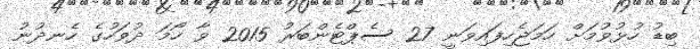
ބިޑު ހުޅުވުމަށް ހަމަޖެހިފައިވަނީ 27 ސެޕްޓެންބަރު 2015 ވާ ހޯމަ ދުވަހުގެ ހެނދުނު